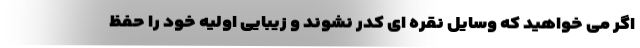
اگر می خواهید که وسایل نقره ای کدر نشوند و زیبایی اولیه خود را حفظ